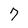
Character: 7